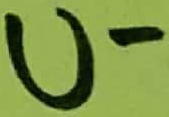
Text: U-